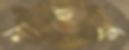
নাহুক